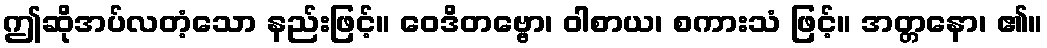
ဤဆိုအပ်လတံ့သော နည်းဖြင့်။ ဝေဒိတဗ္ဗော၊ ဝါစာယ၊ စကားသံ ဖြင့်။ အတ္တနော၊ ၏။